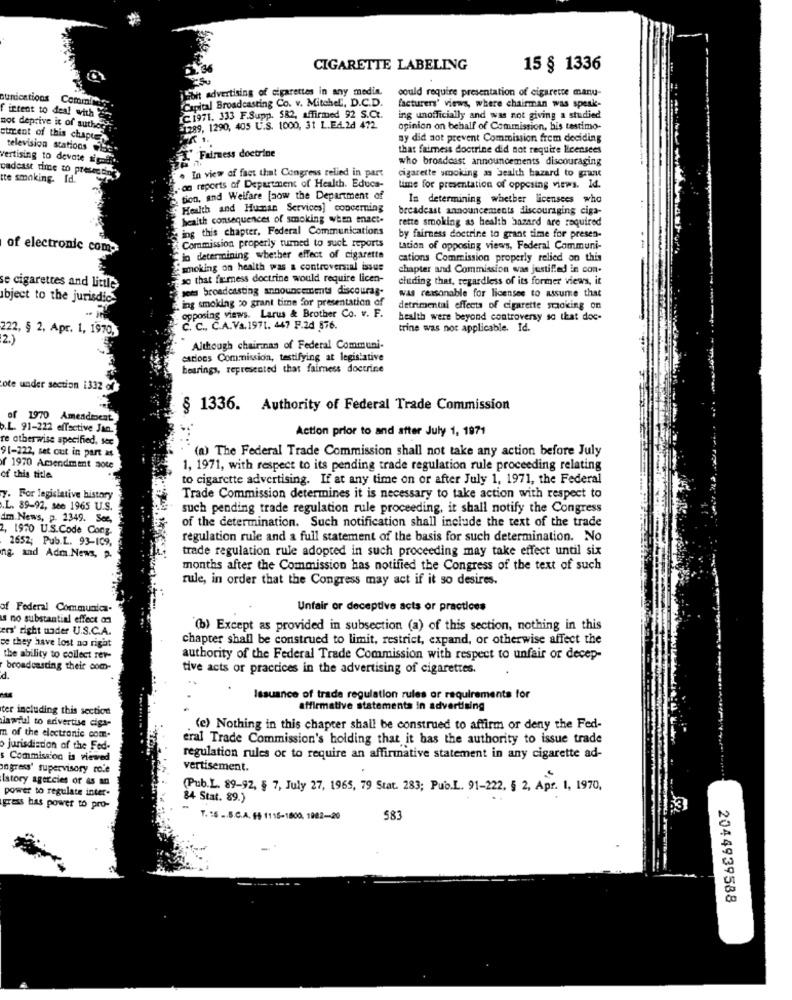
CIGARETTE LABELING
15 § 1336
Soit advertising of cigarettes in any medin.
could require presentation of cigarette manu-
unications Commirey
Capital Broadcasting Co. v. Mitchel, D.C.D.
facturers' views, where chairman was speak-
intent to deal with
C1971. 333 F.Supp. 582, affirmed 92 S.Ct.
ing unofficially and was not giving a studied
not deprive it of author
=1289, 1290, 405 U.S. 1000, 31 L.E4.2d 472.
opinion on behalf of Commission, bis testimo-
queent of this chape?
sy did not prevent Commission frem deciding
television stations 25
that faimess doctrine did not require licensees
vertising to devote signif ..
"Fairness doctrine
who broadcast announcements discouraging
cadcast time to preten ding
tte smoking- Id.
. In view of fact that Congress relied in part
cigarette smoking as Health bazard to grant
on reports of Department of Health. Educa-
time for presentation of opposing views. Id.
tion, and Welfare [now the Department of
In determining whether licensees who
Health and Human Services] concerning
breadeast announcements discouraging ciga-
heaith consequences of smoking when enact-
rette smoking as health bazard are required
ing this chapter, Federal Communications
by fairness doctrine to grant time for presen-
of electronic com-
Commission properly turned to suck reports
Lation of opposing views, Federal Communi-
--
"lo determining whether effect of cigarette
cations Commission properly relied on this
smoking on health was a controversial issue
chapter and Commission was justified in con-
so that firmness doctrine would require licen-
cluding that, regardless of its former views, it
se cigarettes and little
sets broadcasting announcements discourag-
was reasonable for licenses to assume that
bject to the jurisdic-
ing smoking zo grant time for presentation of
opposing views. Larus & Brother Co. v. F.
detrimental effects of cigarette smoking on
health were beyond controversy so that doc-
222, § 2, Apr. 1, 1970,
C. C ., C.A.Va.1971. 447 F.2d 876.
trine was not applicable. Id.
2.)
Although chairnas of Federal Communi-
cations Commission, testifying at legislative
hearings, represented that fairness doctrine
ote under section 1332 of
§ 1336. Authority of Federal Trade Commission
of 1970 Amendment.
.L. 91-222 effective Jan.
Action prior to and after July 1, 1971
re otherwise specified, sex
91-222, set out in part &
(a) The Federal Trade Commission shall not take any action before July
( 1970 Amendment sote
1, 1971, with respect to its pending trade regulation rule proceeding relating
of this title
to cigarette advertising. If at any time on or after July 1, 1971, the Federal
7. For legislative history
Trade Commission determines it is necessary to take action with respect to
.L. 89-92, see 1965 U.S.
such pending trade regulation rule proceeding, it shall notify the Congress
dm. News, p. 2349. See,
of the determination. Such notification shall include the text of the trade
2, 1970 U.S.Code Cong.
2652; Pub.L. 93-109,
regulation rule and a full statement of the basis for such determination. No
trade regulation rule adopted in such proceeding may take effect until six
ng. and Adm. News, p.
months after the Commission has notified the Congress of the text of such
rule, in order that the Congress may act if it so desires.
of Federal Communica-
Unfair or deceptive acts or practices
s no substantial effect on
ers' right under U.S.C.A.
"(b) Except as provided in subsection (a) of this section, nothing in this
chapter shall be construed to limit, restrict, expand, or otherwise affect the
se they have lost no right
the ability to collect ret-
authority of the Federal Trade Commission with respect to unfair or decep-
broadcasting their com-
tive acts or practices in the advertising of cigarettes.
d.
Issuance of trade regulation rules or requirements for
ter including this section
affirmative statements in advertising
lamail to advertise ciga-
(e) Nothing in this chapter shall be construed to affirm or deny the Fed-
n of the electronic com.
eral Trade Commission's holding that it has the authority to issue trade
o Jurisdiction of the Fed-
Commission is viewed
regulation rules or to require an affirmative statement in any cigarette ad-
ingress' supervisory role
vertisement.
Istory agorcies of as an
power to regulate inter-
(Pub.L. 89-92, § 7, July 27, 1965, 79 Stat. 283; Pub.L. 91-222, § 2, Apr. 1, 1970,
84 Stat. 89.)
grass has power to pro-
T. : 5 ... S.C.A. 44 1115-1800, 1982-20
583
2044939588